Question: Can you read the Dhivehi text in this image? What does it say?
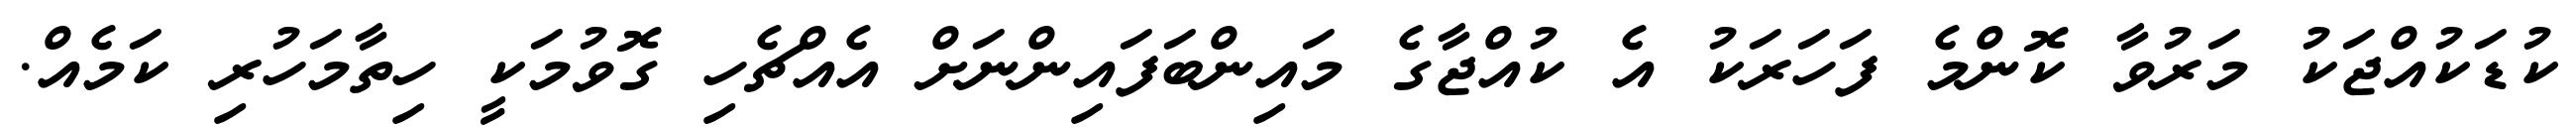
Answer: ކުޑަކުއްޖަކު މަރުވާ ކޮންމެ ފަހަރަކު އެ ކުއްޖާގެ މައިންބަފައިންނަށް އެއްޗެހި ގޮވުމަކީ ހިތާމަހުރި ކަމެއް.